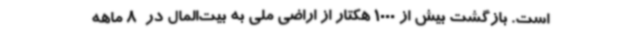
است. بازگشت بیش از 1000 هکتار از اراضی ملی به بیت‌المال در  8 ماهه